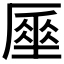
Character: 𠪪